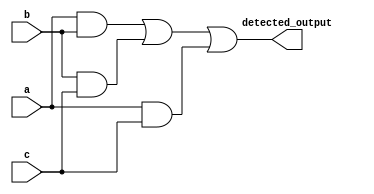
module majority_detector(
  input a,
  input b,
  input c,
  output detected_output
);
  wire w1,w2,w3;
  and(w1,a,b);
  and(w2,b,c);
  and(w3,a,c);
  or(detected_output,w1,w2,w3);
endmodule